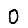
Digit: 0